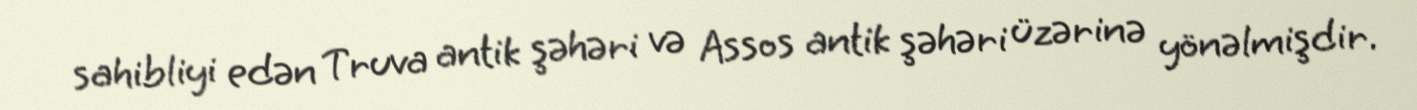
sahibliyi edən Truva antik şəhəri və Assos antik şəhəri üzərinə yönəlmişdir.